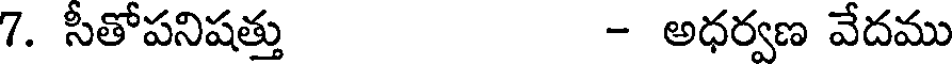
7. సీతోపనిషత్తు - అధర్వణ వేదము